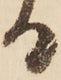
る